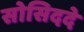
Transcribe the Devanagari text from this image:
सोसिददे